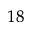
^ { 1 8 }